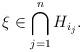
LaTeX: \begin{align*} \xi\in \bigcap_{j=1}^nH_{i_j}.\end{align*}